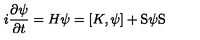
i \frac { \partial \psi } { \partial t } = H \psi = [ K , \psi ] + \mathrm { \boldmath S } \psi \mathrm { \boldmath S }